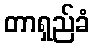
တာရှည်ခံ